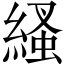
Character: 𦃐